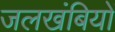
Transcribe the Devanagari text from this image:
जलखंबियों